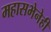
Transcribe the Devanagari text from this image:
महासभेनेही